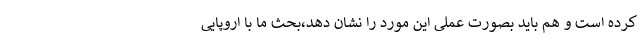
کرده است و هم باید بصورت عملی این مورد را نشان دهد،بحث ما با اروپایی